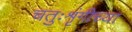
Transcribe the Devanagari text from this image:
चतुःशृंगीच्या